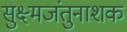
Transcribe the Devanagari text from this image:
सुक्ष्मजंतुनाशक